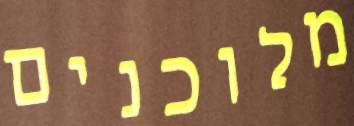
מלוכנים